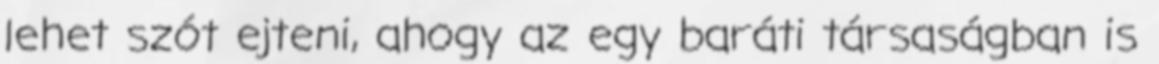
lehet szót ejteni, ahogy az egy baráti társaságban is